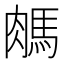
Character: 𦟖